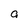
Character: a